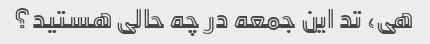
هی، تد این جمعه در چه حالی هستید؟